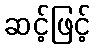
ဆင့်ဖြင့်